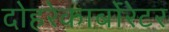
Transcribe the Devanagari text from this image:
दोहरेकार्बोरेटर